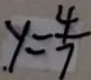
. y = \frac { 4 } { 7 }